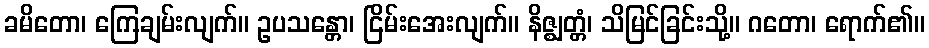
ခမိတော၊ ကြေချမ်းလျက်။ ဥပသန္တော၊ ငြိမ်းအေးလျက်။ နိဇ္ဈတ္တံ၊ သိမြင်ခြင်းသို့။ ဂတော၊ ရောက်၏။